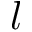
l